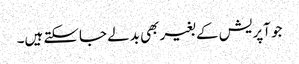
جو آپریش کے بغیر بھی بدلے جاسکتے ہیں۔